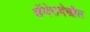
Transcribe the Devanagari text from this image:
कॅमेरादेखील